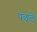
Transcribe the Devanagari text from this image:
पछले